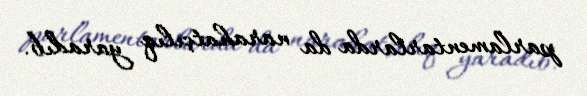
parlamentarlarda da narahatçılıq yaradıb.